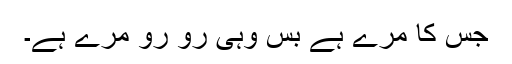
جس کا مرے ہے بس وہی رو رو مرے ہے۔